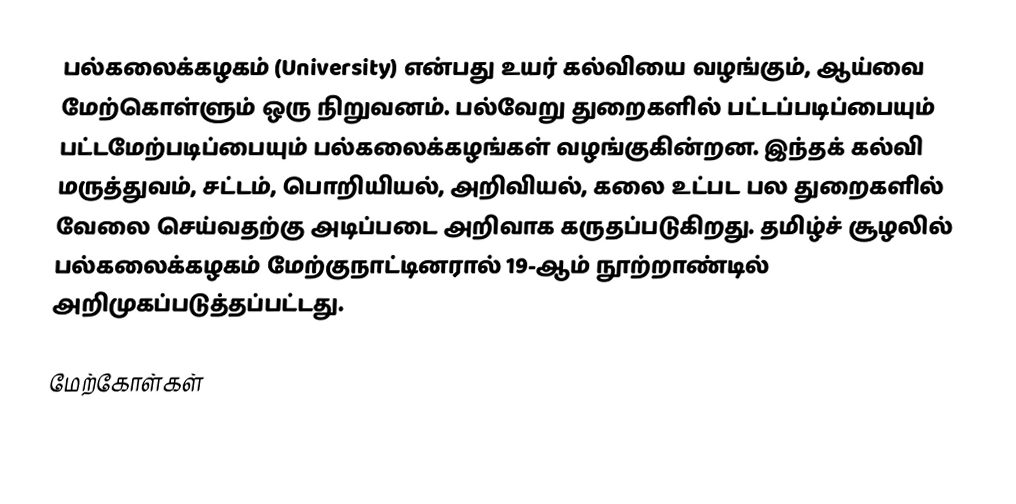
பல்கலைக்கழகம் (University) என்பது உயர் கல்வியை வழங்கும், ஆய்வை மேற்கொள்ளும் ஒரு நிறுவனம். பல்வேறு துறைகளில் பட்டப்படிப்பையும் பட்டமேற்படிப்பையும் பல்கலைக்கழங்கள் வழங்குகின்றன. இந்தக் கல்வி மருத்துவம், சட்டம், பொறியியல், அறிவியல், கலை உட்பட பல துறைகளில் வேலை செய்வதற்கு அடிப்படை அறிவாக கருதப்படுகிறது. தமிழ்ச் சூழலில் பல்கலைக்கழகம் மேற்குநாட்டினரால் 19-ஆம் நூற்றாண்டில் அறிமுகப்படுத்தப்பட்டது.

மேற்கோள்கள்